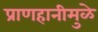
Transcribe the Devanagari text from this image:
प्राणहानीमुळे